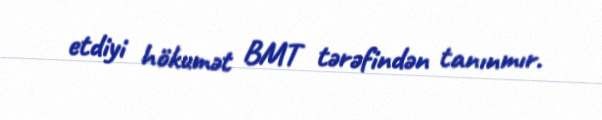
etdiyi hökumət BMT tərəfindən tanınmır.